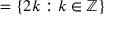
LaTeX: = \{ 2 k : k \in \mathbb { Z } \}